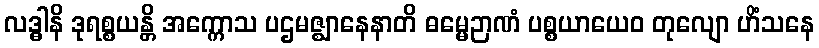
လဒ္ဓါနိ ဒုရစ္စယန္တိ အက္ကောသ ပဌမဇ္ဈာနေနာတိ ဓမ္မေဉာဏံ ပစ္စယာယေဝ တုလျော ဟိံသနေ